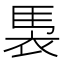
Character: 𮕹